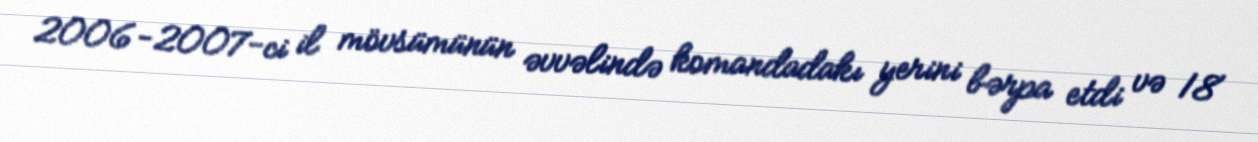
2006-2007-ci il mövsümünün əvvəlində komandadakı yerini bərpa etdi və 18